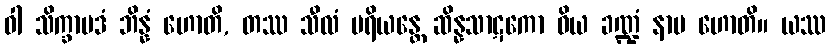
ဝါ သိက္ခာပဒံ ဘိန္နံ ဟောတိ, တဿ သီလံ ပရိယန္တေ ဆိန္နသာဋကော ဝိယ ခဏ္ဍံ နာမ ဟောတိ။ ယဿ